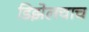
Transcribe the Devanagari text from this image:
डिझेलचाच